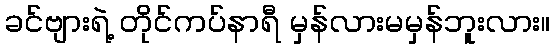
ခင်ဗျားရဲ့ တိုင်ကပ်နာရီ မှန်လားမမှန်ဘူးလား။